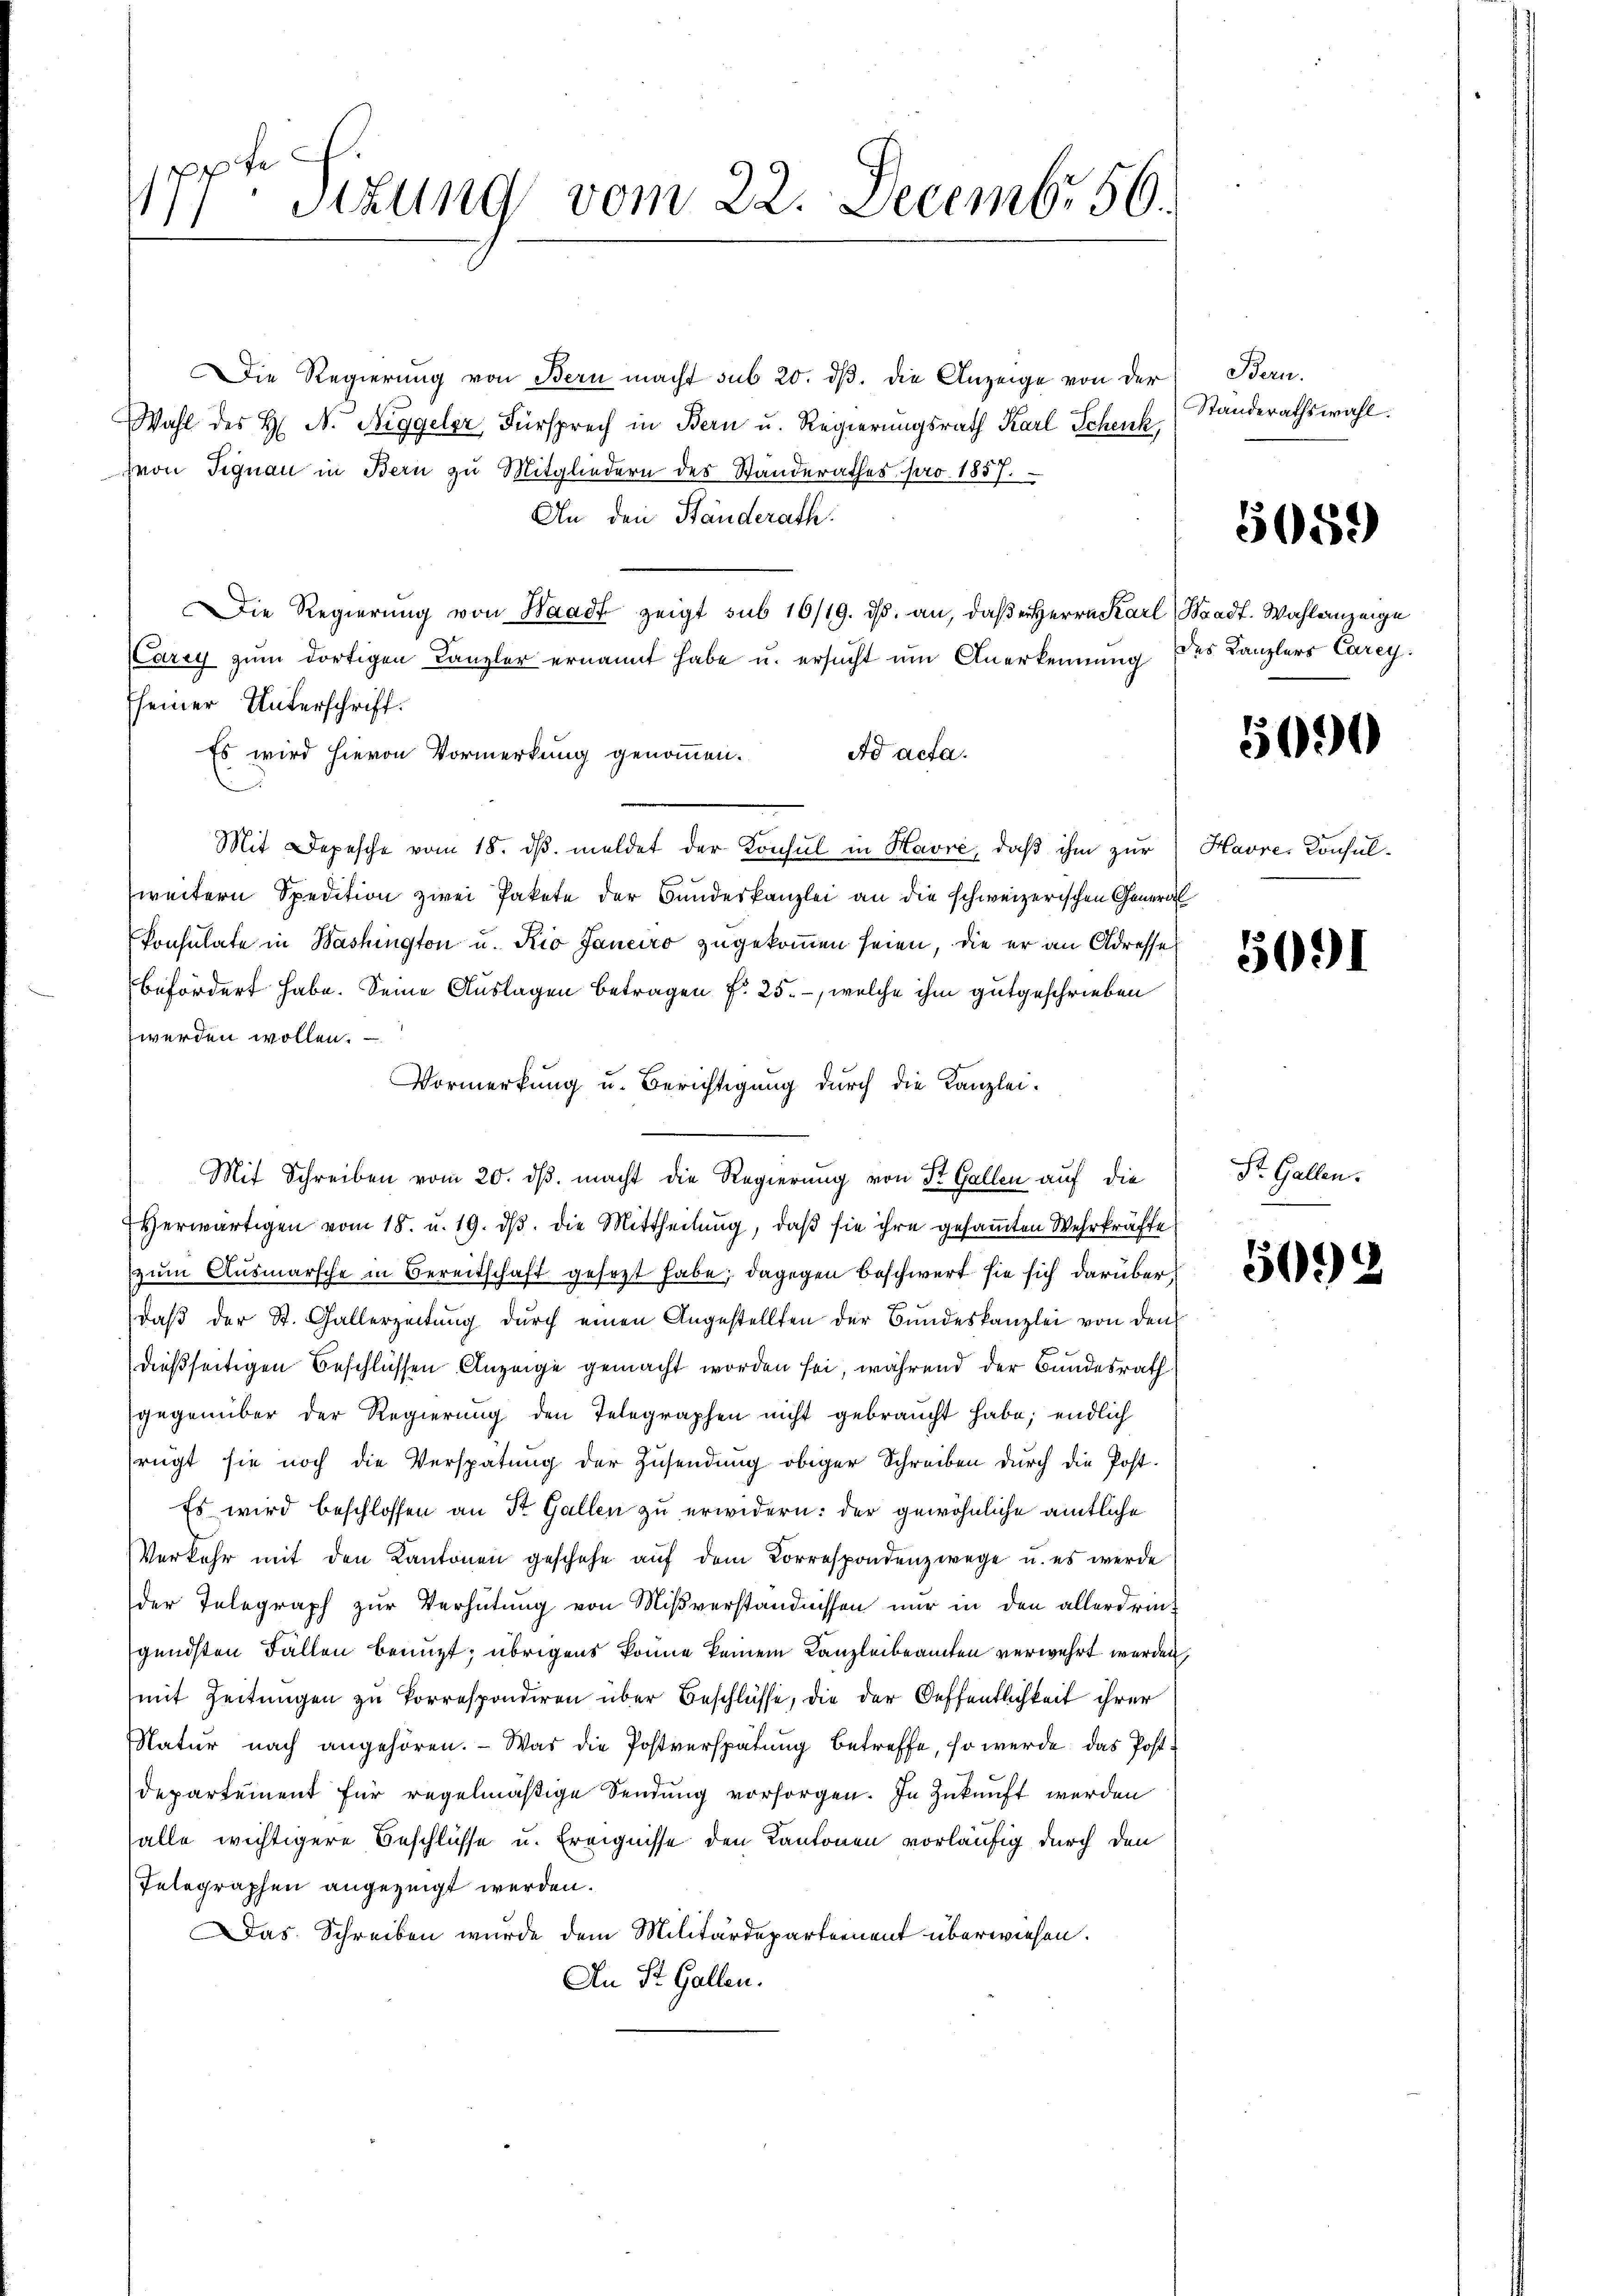
te
1Stzung vom 22. Decembr 56.

Die Regierung von Bern macht sub 20. dβ. die Anzeige von der
Wahl des H. N. Niggeler, Fürsprech in Bern u. Regierungsrath Karl Schenk,
Hron Signau in Bern zu Mitgliedern des Standerathes pro 1857.
An den Ständerath.
Die Regierŭng von Waadt zeigt sub 16/19. ds. an, daß Herrn Karl Stadt. Wahlanzeige
Carey zum dortigen Canzler ernannt habe u. ersucht um Anerkennung des Kanzlers Carey.
seiner Unterschrift.
Es wird hievon Vormerkung genoṁen. Ad acta.
Mit Depesche vom 18. dβ. meldet der Konsul in Havre, daß ihm zur Havre, Konsulweitern Spedition zwei Pakete der Bundeskanzlei an die schweizerischen General
konsulate in Washington u. Kio Janeiro zugekommen seien, die er an Adresse
befördert habe. Seine Auslagen betragen f. 25., welche ihm gutgeschrieben
werden wollen.
Vormerkung u. Berichtigung durch die Kanzlei-
Mit Schreiben vom 20. ds. macht die Regierung von St. Gallen auf die
Herwärtigen vom 18. u. 19. dβ. die Mittheilung, daß sie ihre gesamten Wehrkräfte
zum Ausmarsche in Bereitschaft gesezt habe; dagegen Beschwert sie sich darüber,
daβ der St. Gallerzeitŭng dŭrch einen Angestellten der Bundeskanzlei von den
dießseitigen Beschlüssen Anzeige gemacht worden sei, während der Bundesrath
gegenüber der Regierung den Telegraphen nicht gebraucht habe; endlich
rügt sie noch die Verspätung der Zusendung obiger Schreiben durch die Post¬
Es wird beschlossen an St. Gallen zu erwidern: der gewöhnliche amtliche
Verkehr mit den Kantonen geschehe aŭf dem Korrespondenz wege u. es werde
der Telegraph zŭr Verhütŭng von Miβverständnissen nŭr in den allerdrin-
gendsten Fällen benuzt; übrigens könne keinem Kanzleibeamten verwehrt werden,
(mit Zeitungen zu korrespondiren über Beschlüsse, die der Oeffentlichkeit ihrer
Natur nach angehören. - Was die Postverspätung betreffe, so werde das Post¬
Departement für regelmäßige Sendung vorsorgen. In Zukunft werden
alle wichtigere Beschlüsse u. Ereignisse den Kantonen vorläufig durch den
Telegraphen angezeigt werden.
Das Schreiben wurde dem Militärdepartement überwiesen.
An St. Gallen.

Bern.
Standerathswahl.

5059

5000

5091

St. Gallen.

5092